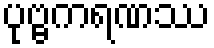
ပုဗ္ဗကရဏဿ